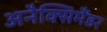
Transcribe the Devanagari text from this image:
अनैक्सिमैंडर